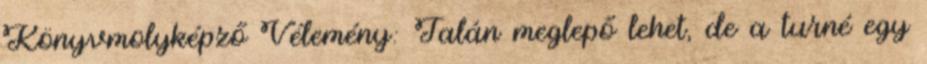
Könyvmolyképző Vélemény: Talán meglepő lehet, de a turné egy